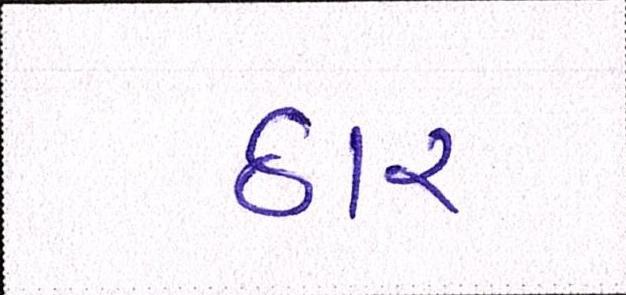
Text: ઠાર